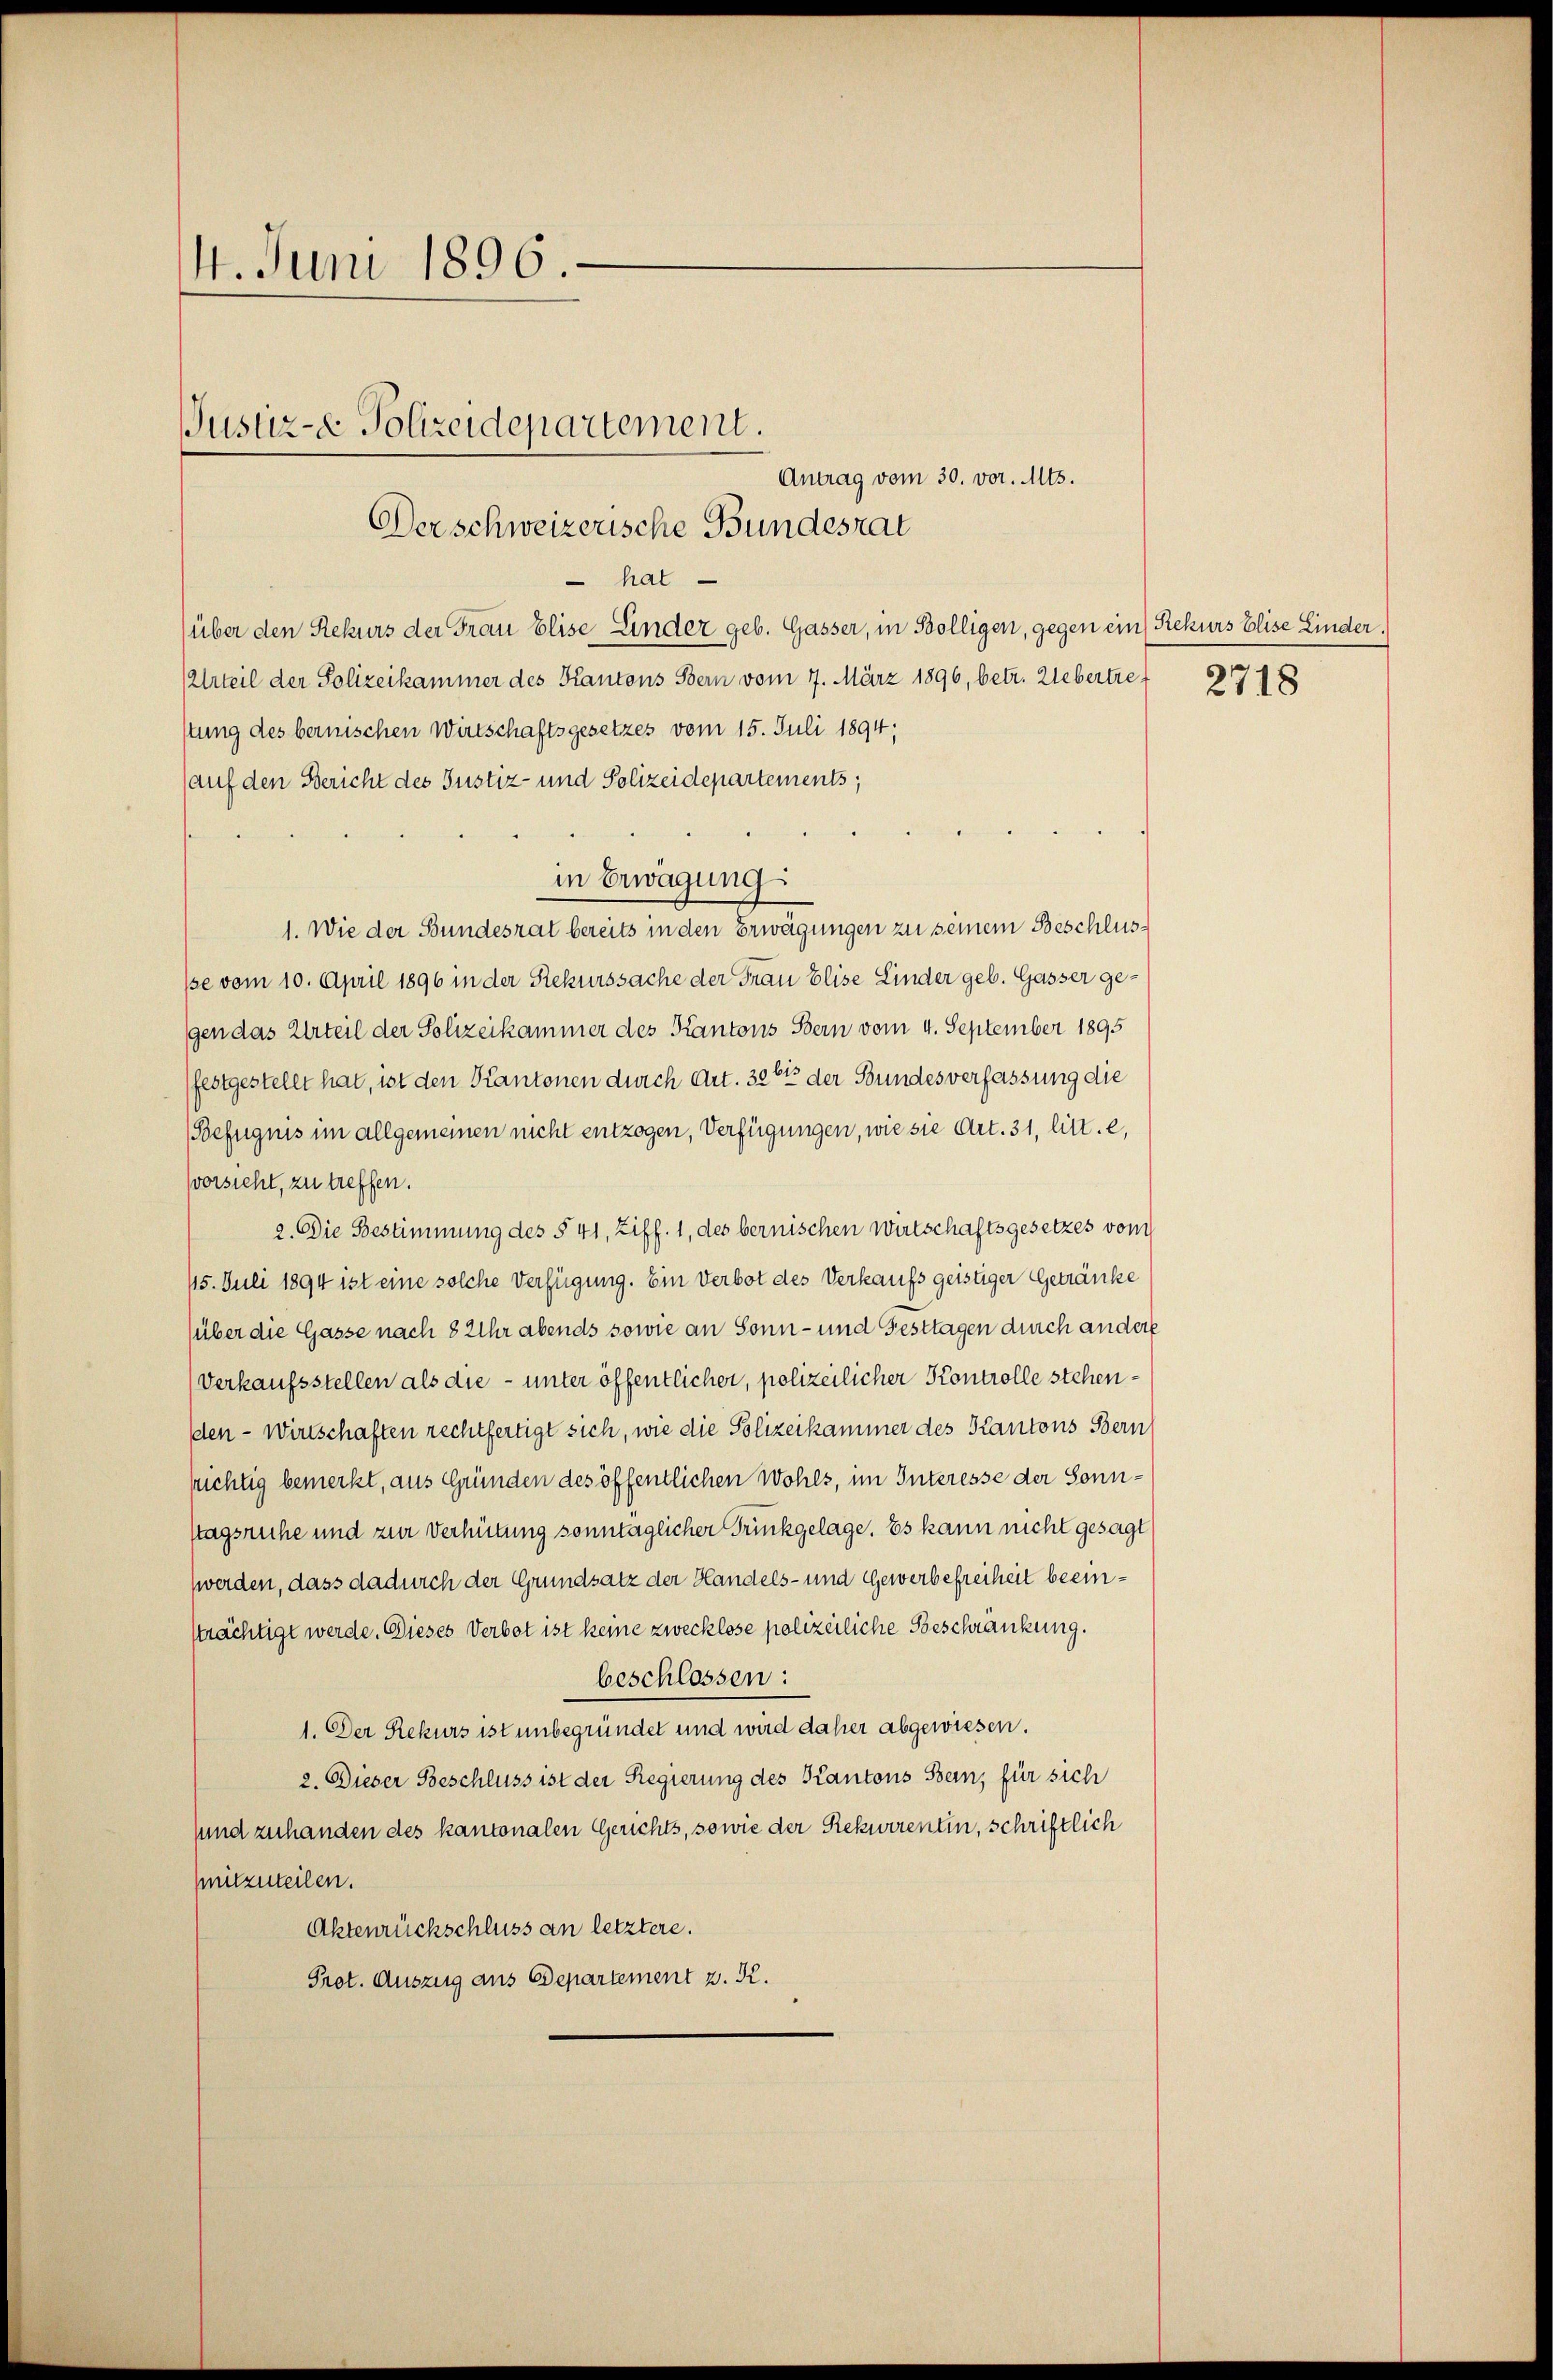
4. Juni 1896.

Justiz-e Polizeidepartement.

Der schweizerische Bundesrat
 hat.
(über den Rekurs der Frau Elise Linder geb. Gasser, in Bolligen, gegen ein Rekurs Elise Linder.
Arteil der Polizeikammer des Kantons Bern vom 7. März 1896, betr. Liebertre
stung des bernischen Wirtschaftsgesetzes vom 15. Juli 1894;
auf den Bericht des Justiz- und Polizeidepartements
1. Wie der Bundesrat bereits in den Erwägungen zu seinem Beschluspse vom 10. April 1896 in der Rekurssache der Frau Elise Linder geb. Gasser gegen das Urteil der Polizeikammer des Kantons Bern vom 4. September 1895
festgestellt hat, ist den Kantonen durch Art. 326 der Bundesverfassung die
(Befugnis im allgemeinen nicht entzogen, Verfügungen, wie sie Art. 31, litt. e,
vorsieht, zu treffen.
2. Die Bestimmung des § 41, Ziff. 1, des bernischen Wirtschaftsgesetzes vom
15. Juli 1894 ist eine solche Verfügung. Ein Verbot des Verkaufs geistiger Getränke
(über die Gasse nach 8 Uhr abends sowie an Sonn- und Festtagen durch andere
Verkaufsstellen als die - unter öffentlicher, polizeilicher Kontrolle stehenden-Wirtschaften rechtfertigt sich, wie die Polizeikammer des Kantons Bern
srichtig bemerkt, aus Gründen des öffentlichen Wohls, im Interesse der Sonnstagsruhe und zur Verhütung sonntaglicher Trückgelage. Es kann nicht gesagt
werden, dass dadurch der Grundsatz der Handels- und Gewerbefreiheit beeinkrächtigt werde. Dieses Verbot ist keine zwecklose polizeiliche Beschränkung.
beschlossen:
1. Der Rekurs ist unbegründet und wird daher abgewiesen.
2. Dieser Beschluss ist der Regierung des Kantons Bern, für sich
sund zuhanden des kantonalen Gerichts, sowie der Rekurrentin, schriftlich
mitzuteilen.
Aktenrückschluss an letztere.
Prot. Auszug aus Departement z. K.

in Erwägung

Antrag vom 30. vor. Mts.

2718